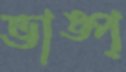
ভাঙ্‌প্